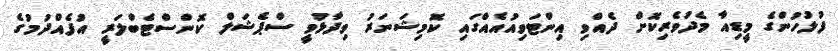
ފުލުހުންގެ މީޑިއާ މެދުވެރިކޮށް ދެއްވި އިންޓަވިއުއެއްގައި ކޮމިޝަނަރު ވިދާޅުވީ ސްޕެޝަލް ކޮންސްޓެބްލަރީ އުފެއްދުމުގެ